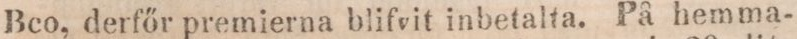
Bco, derfőr premierna blifvit inbetalta. På hemma-